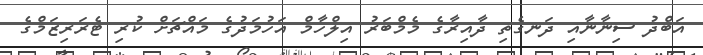
އަބްދު ސިނާނާއި ދަނގެތި ދާއިރާގެ މެމްބަރު އިލްހާމް އަހުމަދުގެ މައްޗަށް ކުރި ޓެރަރިޒަމްގެ